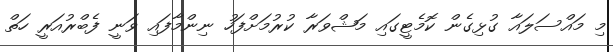
މި މައްސަލައާ ގުޅިގެން ކޮމެޓީގައި މަޝްވަރާ ކުރުމަށްފަހު ނިންމާފައި ވަނީ ފެބްރުއަރީ ހަތް